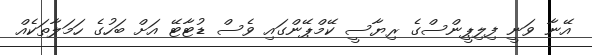
އޭނާ ވަނީ ފިލިޕީންސްގެ ރިޔާސީ ކޭމްޕޭންގައި ވެސް ޑުޓާޓޭ އަށް ބަހުގެ ހަމަލާތަކެއް